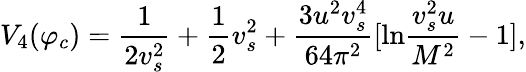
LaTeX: V_{4}(\varphi_{c})=\frac{1}{2v_{s}^{2}}+\frac{1}{2}v_{s}^{2}+\frac{3u^{2}v_{s}^{4}}{64\pi^{2}}[\mathrm{ln}\frac{v_{s}^{2}u}{M^{2}}-1],